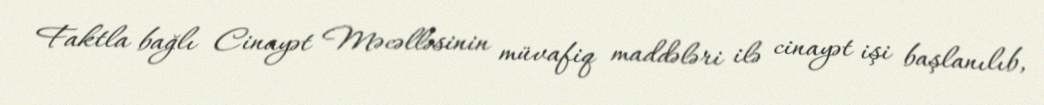
Faktla bağlı Cinayət Məcəlləsinin müvafiq maddələri ilə cinayət işi başlanılıb,